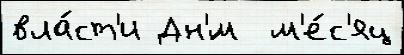
вла́ст'и Дн'́м  м'е́с'яц